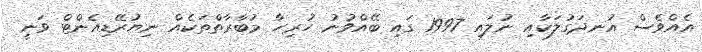
އެއްވެސް އުނދަގުލަކާއި ނުލައި 1997 ގައި ބޭއްވުނު ހުރިހާ މުބާރާތްތަކެއް ނިޔުރޭޑިއެންޓް ވަނީ